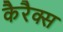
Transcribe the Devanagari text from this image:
कैरैक्स